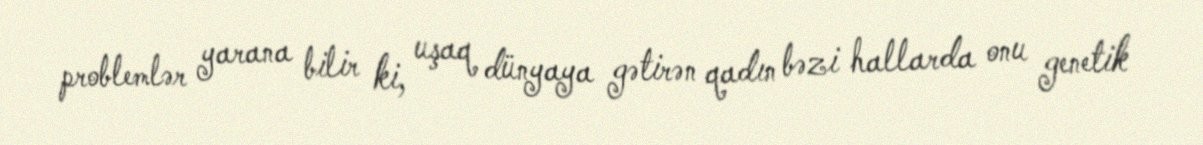
problemlər yarana bilir ki, uşaq dünyaya gətirən qadın bəzi hallarda onu genetik